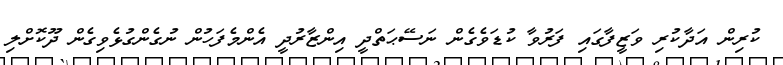
ކުރިން އަދާކުރި ވަޒީފާގައި ފަރުވާ ކުޑަވެގެން ނަސޭޙަތްދީ އިންޒާރުދީ އެންމެފަހުން ނުގެންގުޅެވިގެން ދޫކޮށްލި